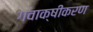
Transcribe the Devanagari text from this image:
गवाक्षीकरण